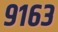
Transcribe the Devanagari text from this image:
९१६३